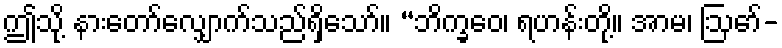
ဤသို့ နားတော်လျှောက်သည်ရှိသော်။ “ဘိက္ခဝေ၊ ရဟန်းတို့။ အာမ၊ ဩော်-